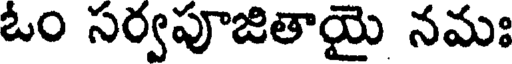
ఓం సర్వపూజితాయై నమః